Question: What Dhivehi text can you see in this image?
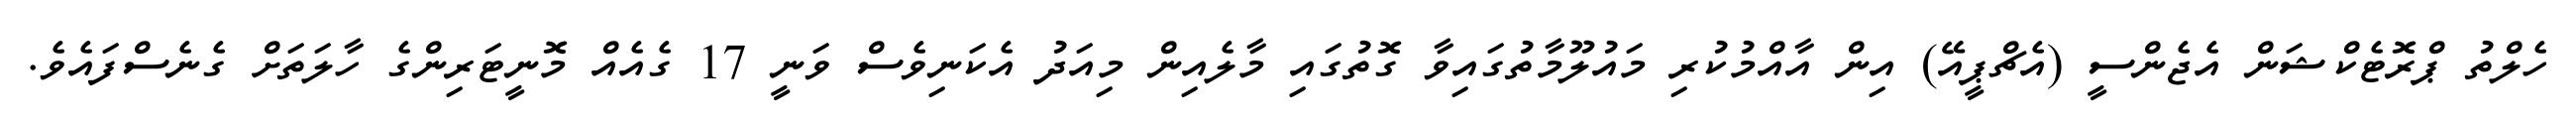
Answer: ހެލްތު ޕްރޮޓެކްޝަން އެޖެންސީ (އެޗްޕީއޭ) އިން އާއްމުކުރި މައުލޫމާތުގައިވާ ގޮތުގައި މާލެއިން މިއަދު އެކަނިވެސް ވަނީ 17 ގެއެއް މޮނީޓަރިންގެ ހާލަތަށް ގެނެސްފައެވެ.